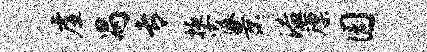
虚舄专掖霞景溢廪园